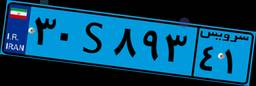
۷۱S۶۰۸۶۱